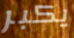
يكبر